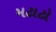
મટાટો